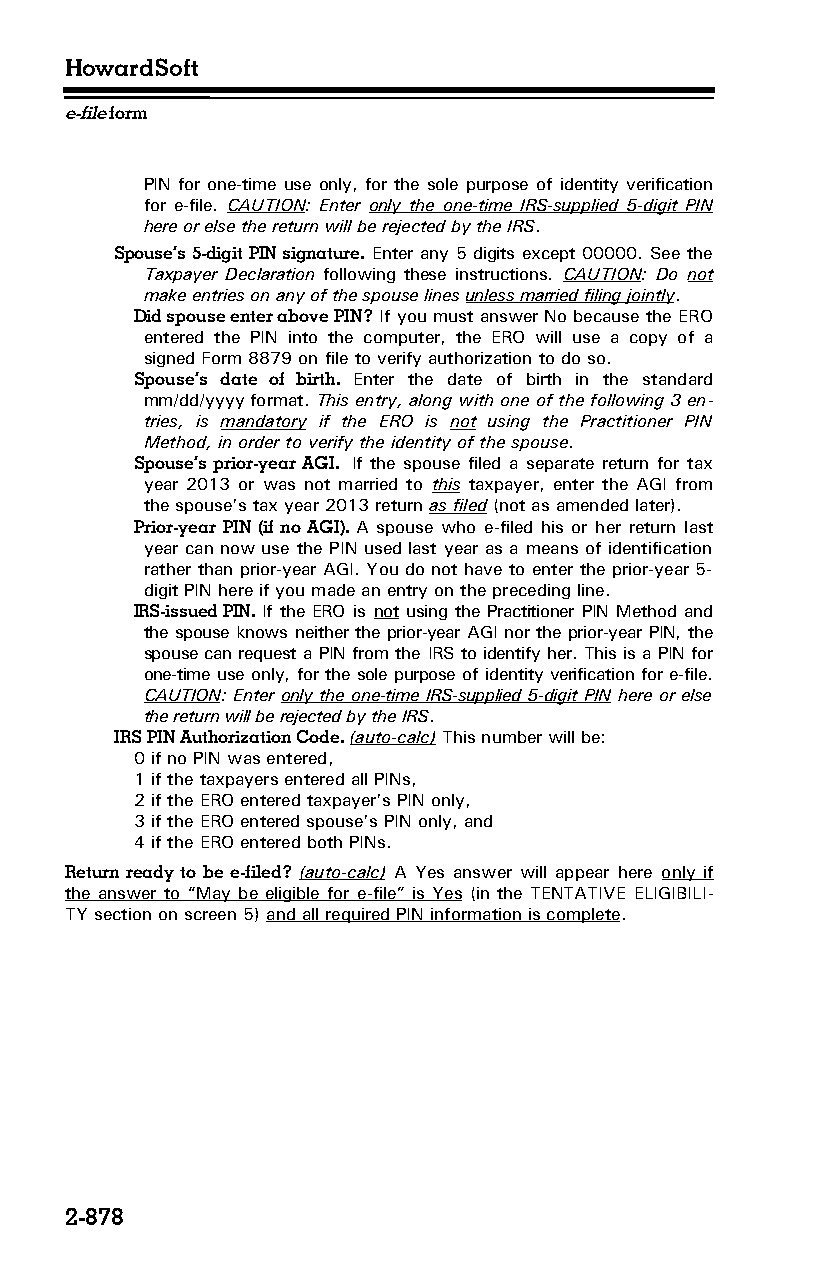
HowardSoft
 e-file form
 PIN for one-time use only, for the sole purpose of identity verification
 for e-file. CAUTION: Enter only the one-time IRS-supplied 5-digit PIN
 here or else the return will be rejected by the IRS.
 Spouse’s 5-digit PIN signature. Enter any 5 digits except 00000. See the
 Taxpayer Declaration following these instructions. CAUTION: Do not
 make entries on any of the spouse lines unless married filing jointly.
 Did spouse enter above PIN? If you must answer No because the ERO
 entered the PIN into the computer, the ERO will use a copy of a
 signed Form 8879 on file to verify authorization to do so.
 Spouse’s date of birth. Enter the date of birth in the standard
 mm/dd/yyyy format. This entry, along with one of the following 3 en­
 tries, is mandatory if the ERO is not using the Practitioner PIN
 Method, in order to verify the identity of the spouse.
 Spouse’s prior-year AGI. If the spouse filed a separate return for tax
 year 2013 or was not married to this taxpayer, enter the AGI from
 the spouse’s tax year 2013 return as filed (not as amended later).
 Prior-year PIN (if no AGI). A spouse who e-filed his or her return last
 year can now use the PIN used last year as a means of identification
 rather than prior-year AGI. You do not have to enter the prior-year 5-
 digit PIN here if you made an entry on the preceding line.
 IRS-issued PIN. If the ERO is not using the Practitioner PIN Method and
 the spouse knows neither the prior-year AGI nor the prior-year PIN, the
 spouse can request a PIN from the IRS to identify her. This is a PIN for
 one-time use only, for the sole purpose of identity verification for e-file.
 CAUTION: Enter only the one-time IRS-supplied 5-digit PIN here or else
 the return will be rejected by the IRS.
 IRS PIN Authorization Code. (auto-calc) This number will be:
 0 if no PIN was entered,
 1 if the taxpayers entered all PINs,
 2 if the ERO entered taxpayer’s PIN only,
 3 if the ERO entered spouse’s PIN only, and
 4 if the ERO entered both PINs.
 Return ready to be e-filed? (auto-calc) A Yes answer will appear here only if
 the answer to “May be eligible for e-file” is Yes (in the TENTATIVE ELIGIBILI­
 TY section on screen 5) and all required PIN information is complete.
 2-878